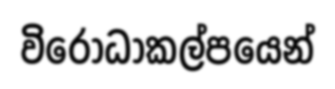
විරොධාකල්පයෙන්